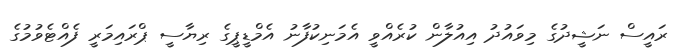
ރައީސް ނަޝީދުގެ މިވައުދު އިއުލާން ކުރެއްވީ އެމަނިކުފާނު އެމްޑީޕީގެ ރިޔާސީ ޕްރައިމަރީ ފެއްޓެވުމުގެ